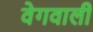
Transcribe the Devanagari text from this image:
वेगवाली